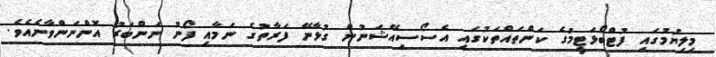
މިލިޔުމުގައި ފުޓްބޯޅަޓީމުގެ ކަންތައްތަކުގައި އެސޯސިއޭޝަނުން ގުޅާނޭ ފަރާތުގެ ނަމާއި ފޯނު ނަންބަރު އޮންނަންވާނެއެވެ.